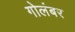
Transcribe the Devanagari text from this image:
गोलंबर